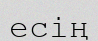
есің